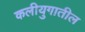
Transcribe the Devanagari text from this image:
कलीयुगातील